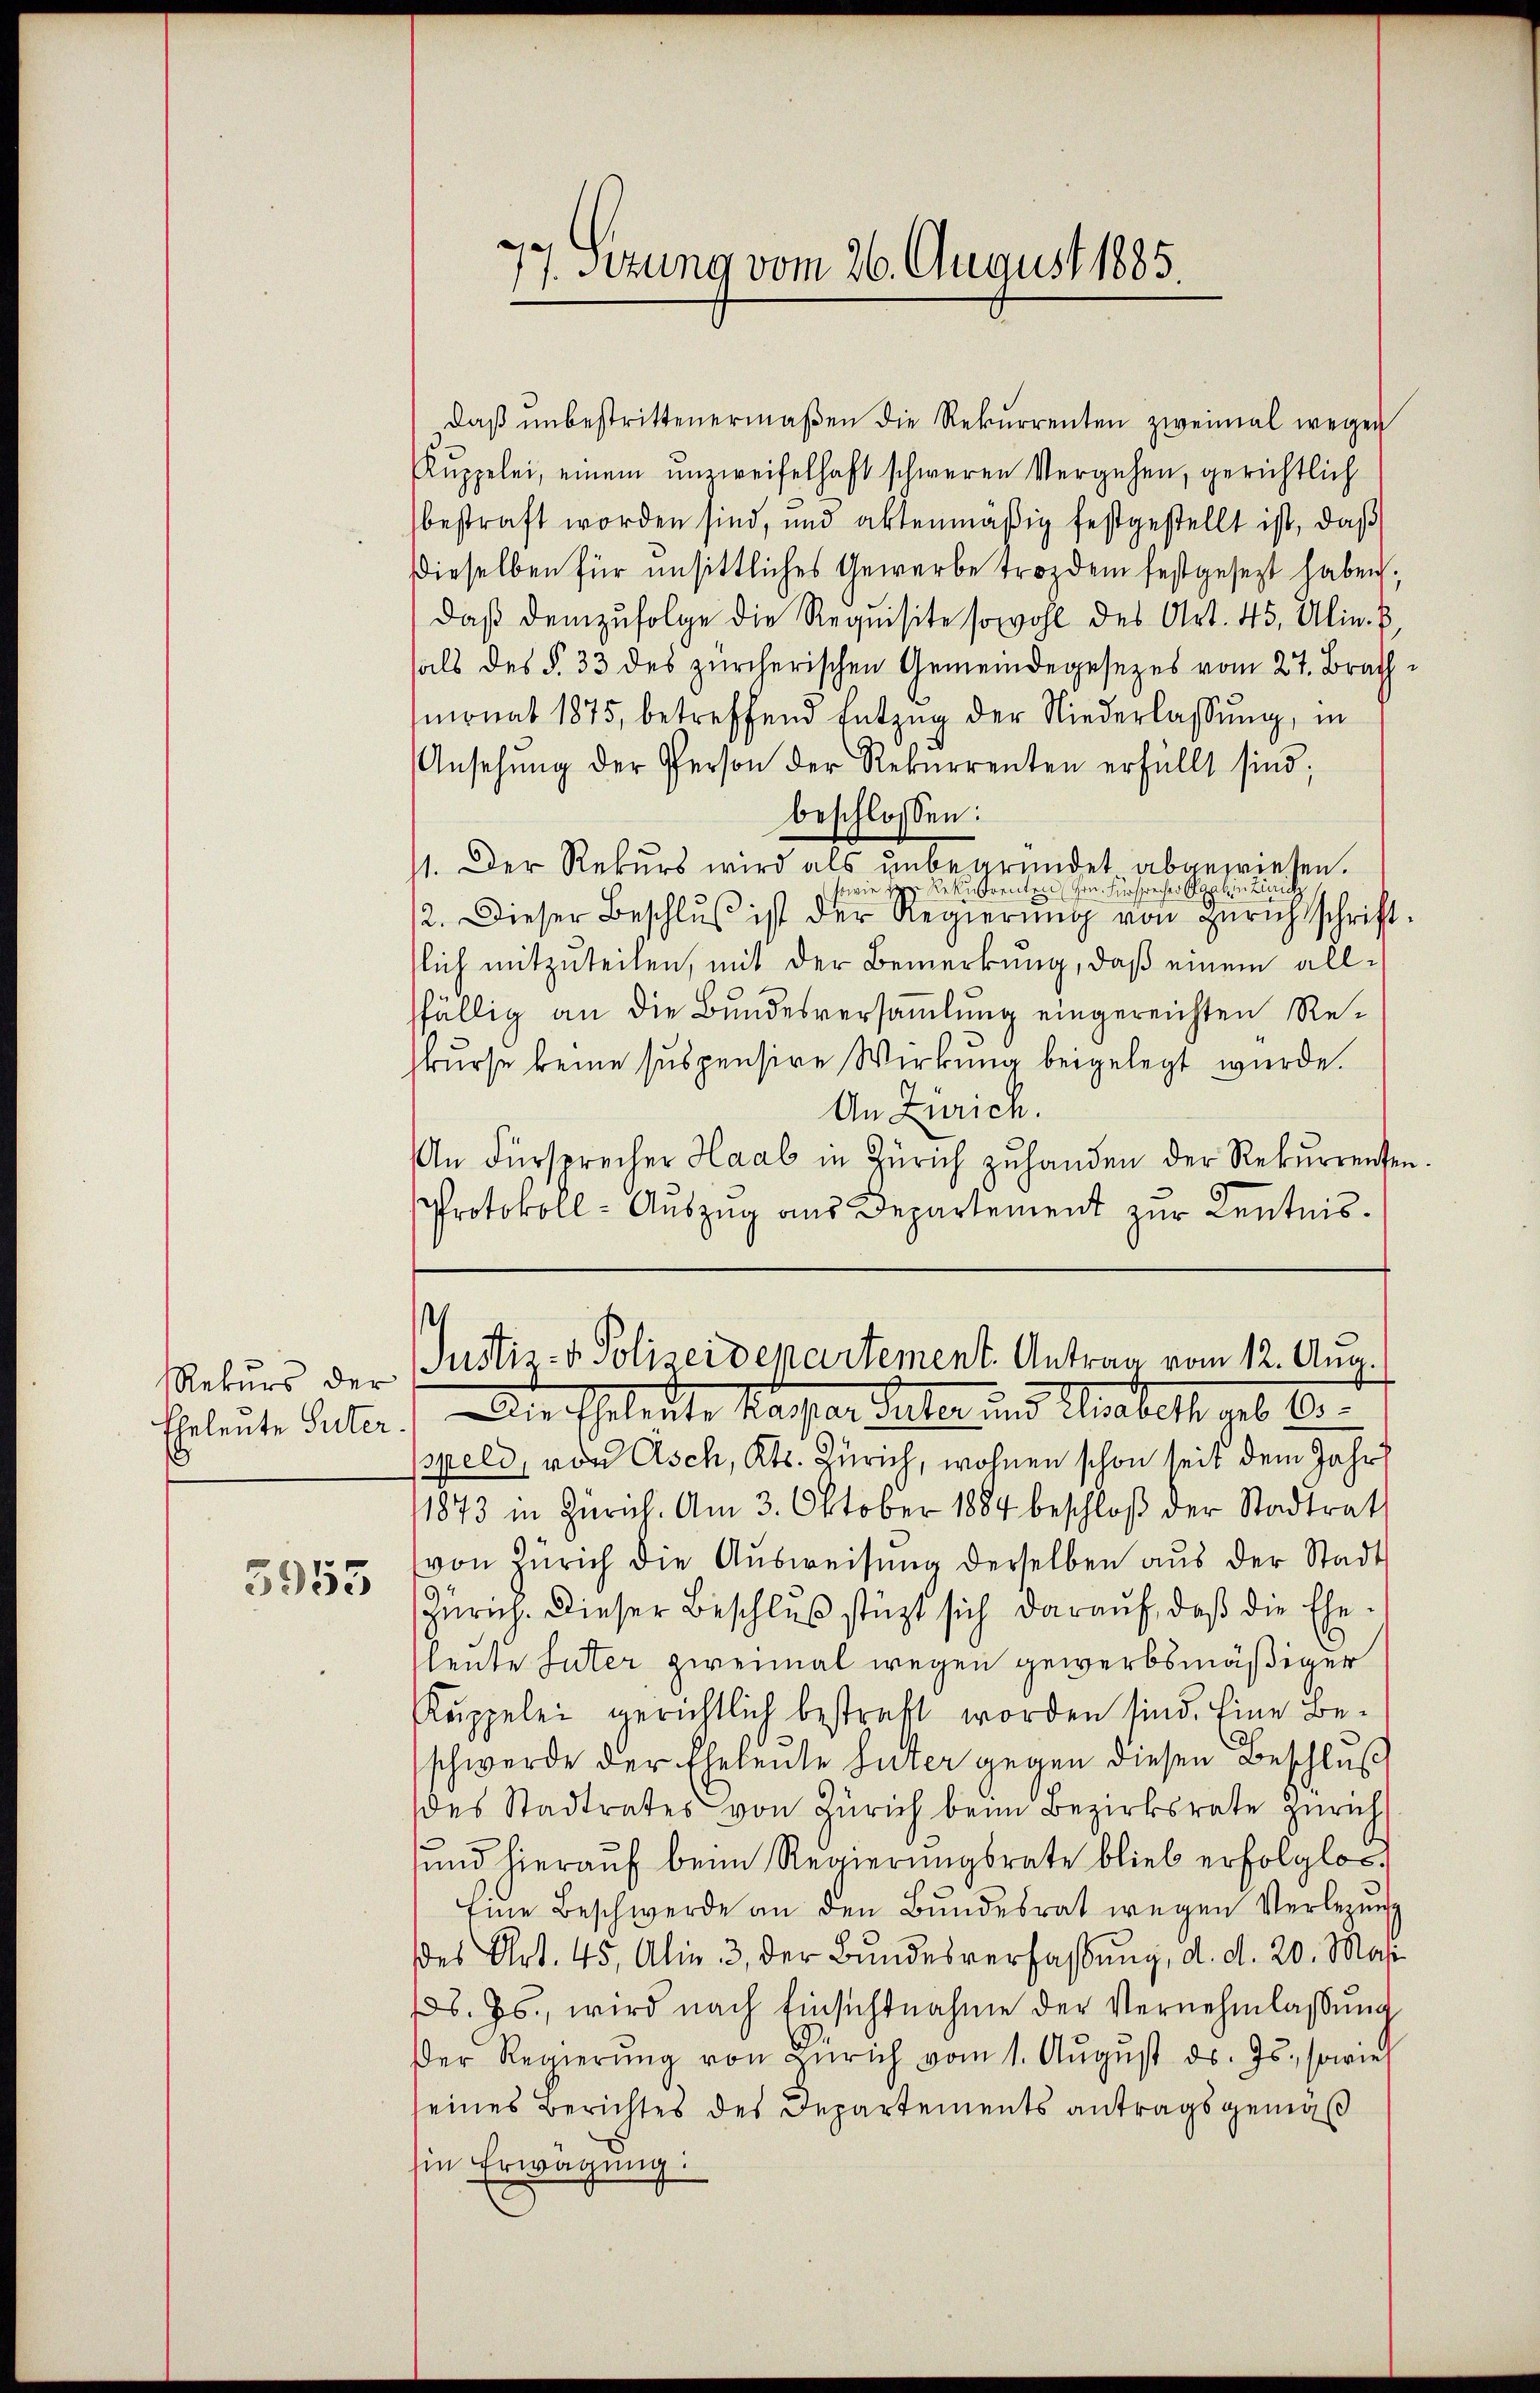
Rekurs der
1

3955

77. Sitzung vom 26. August 1885

daβ ŭnbestrittenermaβen die Rekurrenten zweimal wegen
Kŭppelei, einem unzweifelhaft schweren Vergehen, gerichtlich
bestraft worden sind, und aktenmäβig festgestellt ist, daβ
Dieselben für unsittliches Gewerbe trotzdem festgesezt haben,
daβ demzufolge die Requisite sowohl des Art. 45, Alin. B,
hals des §. 33 des zürcherischen Gemeindegesezes vom 27. Brach
monat 1875, betreffend Entzŭg der Niederlassŭng, in
Ansehŭng der Person der Rekurrenten erfüllt sind;
beschlossen:
11. Der Rekurs wird als unbegründet abgeprieten.
sowie die Rekurrenten, Hrn. Fürsprecher Agab in Zürich
12. Dieser Beschlŭβ ist der Regierŭng von Zürich schrift
tlich mitzuteilen, mit der Bemerkung, daß einem allffällig an die Bundesversammlung eingereichten Rekurse keine suspensire Wirkung beigelegt wurde.
An Zürich.
An Fürsprecher Haab in Zürich zŭ handen der Rekŭrrenten
Protokoll - Auszug aus Departement zur Kentnis.
Justiz- & Polizeidepartement. Antrag vom 12. Aug.
Gheleute Peter. Die Eheleute Nachter Sellen und Einbett geb. Be
ppeld, von Asch, Kts. Zürich, wohnen schon seit dem Jahr
1873 in Zürich. Am 3. Oktober 1884 beschloß der Stadtrath
von Zürich die Aŭsweisŭng derselben aŭs der Stadt
Zürich. Dieser Beschlus stüzt sich darauf, daß die Ehe¬
E
leute Suter zweimal wegen gewerbsmäßiger
Kuppelei gerichtlich bestraft worden sind. Eine Beschwerde der Eheleute Suter gegen diesen Beschluß
des Stadtrates von Zürich beim Bezirksrate Zürich
und hieraŭf beim Regierungsrate blieb erfolglos,
Eine Beschwerde an den Bundesrat wegen Verlegung
des Art. 45, Alin. 3, der Bŭndesverfassŭng, d. d. 20. Mas
s. Js., wird nach Einsichtnahme der Vernehmlassung
Der Regierŭng von Zürich vom 1. Aŭgŭst ds. Js. sowies
seines Berichtes des Departements antragsgemäß
sin Erwägung: